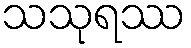
သသုရဿ